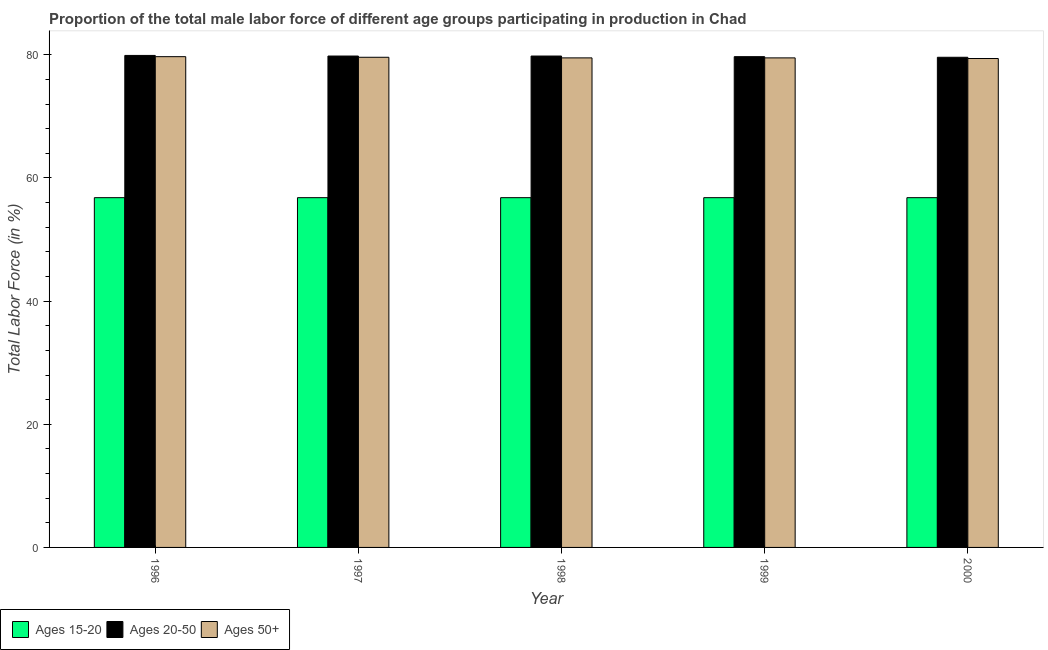
| Year | Ages 15-20 | Ages 20-50 | Ages 50+ |
 | --- | --- | --- | --- |
 | 1996 | 56.8 | 79.9 | 79.7 |
 | 1997 | 56.8 | 79.8 | 79.6 |
 | 1998 | 56.8 | 79.8 | 79.5 |
 | 1999 | 56.8 | 79.7 | 79.5 |
 | 2000 | 56.8 | 79.6 | 79.4 |